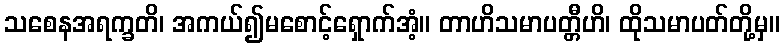
သစေနအရက္ခတိ၊ အကယ်၍မစောင့်ရှောက်အံ့။ တာဟိသမာပတ္တီဟိ၊ ထိုသမာပတ်တို့မှ။